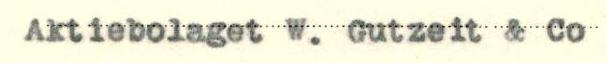
Aktiebolaget W. Gutzeit & Co